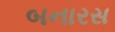
બનારસ